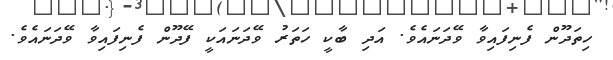
ހިތަދޫން ފެނިފައިވާ ވޭދަނައެވެ. އަދި ބާކީ ހަތަރު ވޭދަނައަކީ ފޭދޫން ފެނިފައިވާ ވޭދަނައެވެ.